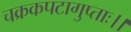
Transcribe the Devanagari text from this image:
चक्रकपटागुप्ताः।।